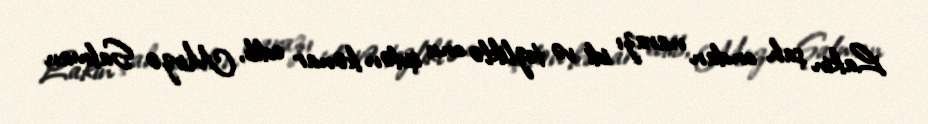
Lakin şah ondan narazı idi və tezliklə onu işdən kənar edib, Mirzə Salman